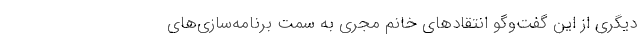
دیگری از این گفت‌وگو انتقادهای خانم مجری به سمتِ برنامه‌سازی‌های